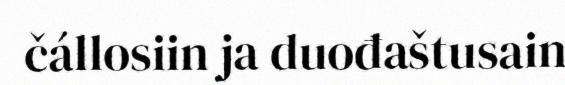
čállosiin ja duođaštusain